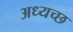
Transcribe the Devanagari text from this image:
अध्यच्छ